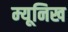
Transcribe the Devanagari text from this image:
म्‍यूनिख